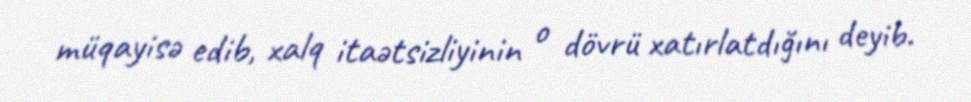
müqayisə edib, xalq itaətsizliyinin o dövrü xatırlatdığını deyib.